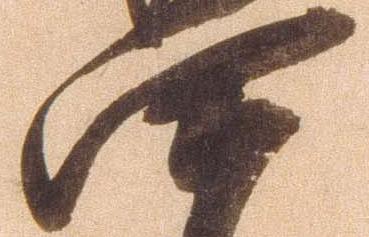
四